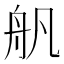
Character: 舤